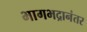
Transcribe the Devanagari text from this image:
भागभद्रानंतर